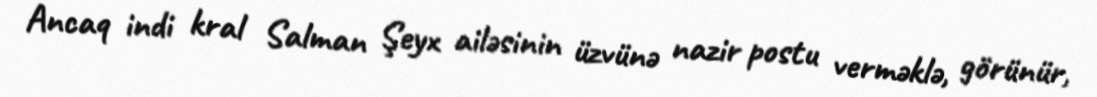
Ancaq indi kral Salman Şeyx ailəsinin üzvünə nazir postu verməklə, görünür,